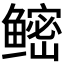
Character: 鿹